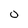
Character: O